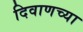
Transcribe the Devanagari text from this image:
दिवाणच्या